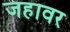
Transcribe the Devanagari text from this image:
जहावर